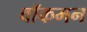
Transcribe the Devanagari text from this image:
वॉकमन